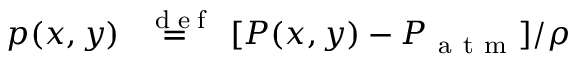
p ( x , y ) \stackrel { \mathrm { ~ \tiny ~ { ~ d ~ e ~ f ~ } ~ } } { = } [ P ( x , y ) - P _ { \mathrm { ~ a ~ t ~ m ~ } } ] / \rho